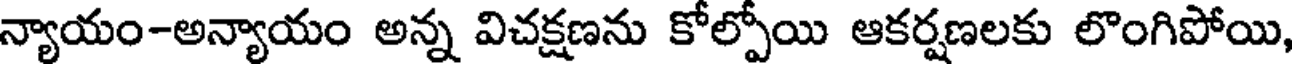
న్యాయం-అన్యాయం అన్న విచక్షణను కోల్పోయి ఆకర్షణలకు లొంగిపోయి,